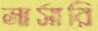
নার্সারি